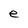
Character: e